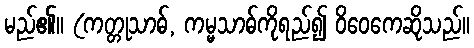
မည်၏။ (ကတ္တုသာဓ်, ကမ္မသာဓ်ကိုရည်၍ ဝိဝေကေဆိုသည်။